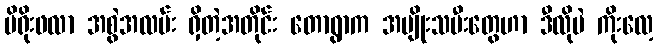
မိရိုးဖလာ အစွဲအလမ်း ရှိတဲ့အတိုင်း တောရွာက အမျိုးသမီးတွေဟာ ဒီလိုပဲ ကိုးလေ့